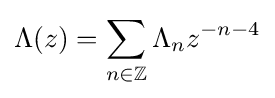
\Lambda (z)=\sum _{n\in \mathbb {Z} }\Lambda _{n}z^{-n-4}